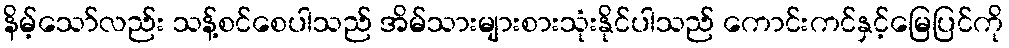
နိမ့်သော်လည်း သန့်စင်စေပါသည် အိမ်သားများစားသုံးနိုင်ပါသည် ကောင်းကင်နှင့်မြေပြင်ကို